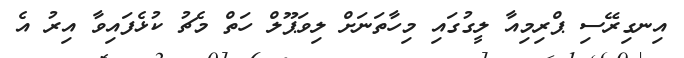
އިނގިރޭސި ޕްރިމިއާ ލީގުގައި މިހާތަނަށް ލިވަޕޫލް ހަތް މެޗު ކުޅެފައިވާ އިރު އެ